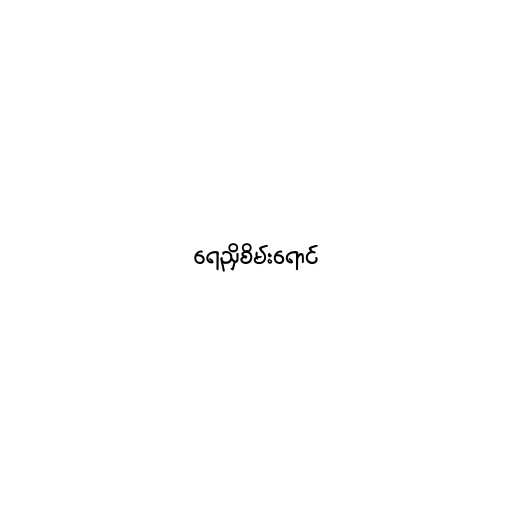
ရေညှိစိမ်းရောင်